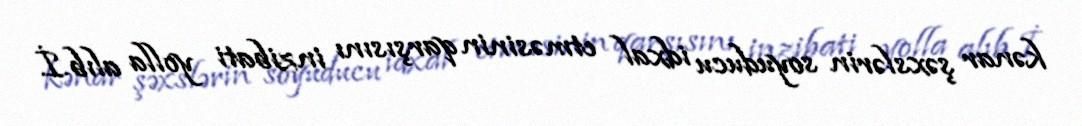
kənar şəxslərin soyuducu idxal etməsinin qarşısını inzibati yolla alıb.İ.